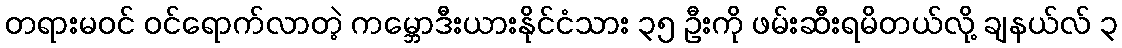
တရားမဝင် ဝင်ရောက်လာတဲ့ ကမ္ဘောဒီးယားနိုင်ငံသား ၃၅ ဦးကို ဖမ်းဆီးရမိတယ်လို့ ချနယ်လ် ၃